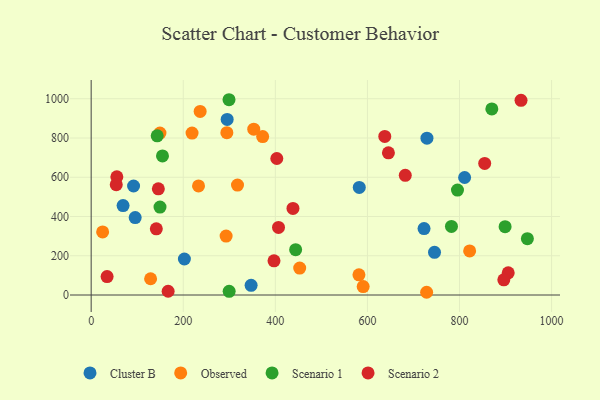
{"axis": {"x": "Study Hours", "y": "Sales"}, "legend": ["Cluster B", "Observed", "Scenario 1", "Scenario 2"], "data": [{"x": "723.0", "y": 338.4, "type": "Cluster B"}, {"x": "92.1", "y": 555.3, "type": "Cluster B"}, {"x": "69.3", "y": 455.5, "type": "Cluster B"}, {"x": "202.5", "y": 183.4, "type": "Cluster B"}, {"x": "295.4", "y": 894.7, "type": "Cluster B"}, {"x": "95.6", "y": 394.5, "type": "Cluster B"}, {"x": "729.3", "y": 799.1, "type": "Cluster B"}, {"x": "582.3", "y": 548.1, "type": "Cluster B"}, {"x": "745.7", "y": 217.4, "type": "Cluster B"}, {"x": "811.1", "y": 598.6, "type": "Cluster B"}, {"x": "347.4", "y": 49.2, "type": "Cluster B"}, {"x": "452.9", "y": 137.3, "type": "Observed"}, {"x": "728.6", "y": 13.9, "type": "Observed"}, {"x": "581.6", "y": 102.6, "type": "Observed"}, {"x": "233.2", "y": 556.0, "type": "Observed"}, {"x": "219.1", "y": 825.2, "type": "Observed"}, {"x": "236.7", "y": 935.4, "type": "Observed"}, {"x": "293.1", "y": 300.1, "type": "Observed"}, {"x": "822.0", "y": 224.8, "type": "Observed"}, {"x": "149.4", "y": 825.2, "type": "Observed"}, {"x": "294.7", "y": 827.0, "type": "Observed"}, {"x": "590.8", "y": 42.7, "type": "Observed"}, {"x": "24.9", "y": 321.5, "type": "Observed"}, {"x": "317.8", "y": 560.0, "type": "Observed"}, {"x": "372.5", "y": 807.3, "type": "Observed"}, {"x": "353.1", "y": 845.1, "type": "Observed"}, {"x": "129.1", "y": 82.7, "type": "Observed"}, {"x": "782.5", "y": 349.6, "type": "Scenario 1"}, {"x": "795.6", "y": 534.6, "type": "Scenario 1"}, {"x": "947.4", "y": 286.8, "type": "Scenario 1"}, {"x": "899.0", "y": 348.1, "type": "Scenario 1"}, {"x": "149.5", "y": 447.8, "type": "Scenario 1"}, {"x": "299.4", "y": 995.0, "type": "Scenario 1"}, {"x": "870.2", "y": 948.0, "type": "Scenario 1"}, {"x": "444.1", "y": 230.9, "type": "Scenario 1"}, {"x": "154.9", "y": 708.8, "type": "Scenario 1"}, {"x": "143.4", "y": 811.1, "type": "Scenario 1"}, {"x": "299.7", "y": 18.5, "type": "Scenario 1"}, {"x": "406.9", "y": 344.4, "type": "Scenario 2"}, {"x": "145.9", "y": 541.1, "type": "Scenario 2"}, {"x": "637.7", "y": 808.0, "type": "Scenario 2"}, {"x": "397.1", "y": 174.1, "type": "Scenario 2"}, {"x": "167.2", "y": 19.1, "type": "Scenario 2"}, {"x": "34.6", "y": 94.0, "type": "Scenario 2"}, {"x": "854.7", "y": 670.2, "type": "Scenario 2"}, {"x": "55.8", "y": 602.4, "type": "Scenario 2"}, {"x": "54.5", "y": 562.2, "type": "Scenario 2"}, {"x": "933.6", "y": 992.1, "type": "Scenario 2"}, {"x": "645.6", "y": 724.5, "type": "Scenario 2"}, {"x": "905.8", "y": 113.1, "type": "Scenario 2"}, {"x": "438.3", "y": 440.9, "type": "Scenario 2"}, {"x": "403.2", "y": 695.5, "type": "Scenario 2"}, {"x": "682.2", "y": 610.0, "type": "Scenario 2"}, {"x": "141.5", "y": 337.0, "type": "Scenario 2"}, {"x": "896.2", "y": 77.3, "type": "Scenario 2"}]}